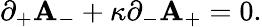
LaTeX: \partial_{+}\mathbf{A}_{-}+\kappa\partial_{-}\mathbf{A}_{+}=0.